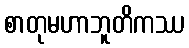
စာတုမဟာဘူတိကဿ